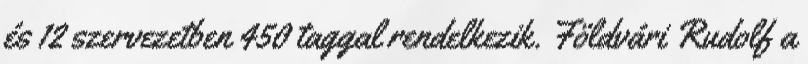
és 12 szervezetben 450 taggal rendelkezik. Földvári Rudolf a